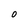
Character: 0